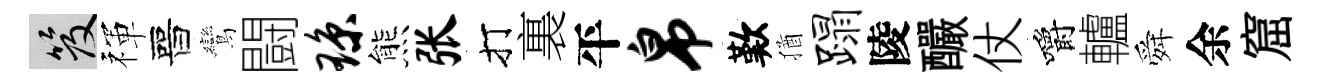
笈禈晉鸞闘琼熊张打裏平帛歎猶蹋陵釅仗嚼轤舜余窟